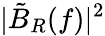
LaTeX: |\tilde{B}_{R}(f)|^{2}